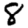
Digit: 8